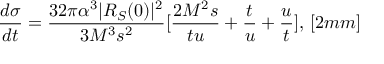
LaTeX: \displaystyle \frac { d \sigma } { d t } = \frac { 3 2 \pi \alpha ^ { 3 } | R _ { S } ( 0 ) | ^ { 2 } } { 3 M ^ { 3 } s ^ { 2 } } [ \frac { 2 M ^ { 2 } s } { t u } + \frac { t } { u } + \frac { u } { t } ] , \, [ 2 m m ]